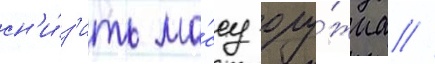
сн'и́з'ить ма́ссу ору́жиа //